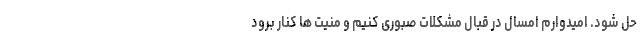
حل شود. امیدوارم امسال در قبال مشکلات صبوری کنیم و منیت ها کنار برود